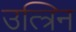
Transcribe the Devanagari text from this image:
उत्त्रिन